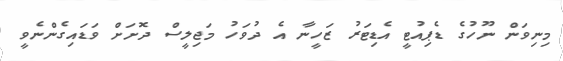
މިނިވަން ނޫހުގެ ޑެޕިއުޓީ އެޑިޓަރު ޒަހީނާ އެ ދުވަހު މަޖިލީސް ދޮށަށް ވަޑައިގެންނެވީ